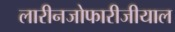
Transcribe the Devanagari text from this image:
लारीनजोफारीजीयाल